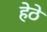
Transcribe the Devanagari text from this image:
हेठे